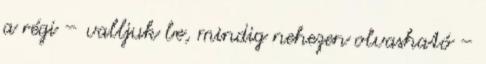
a régi – valljuk be, mindig nehezen olvasható –